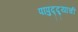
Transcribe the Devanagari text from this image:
पापुद्द्र्याची